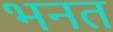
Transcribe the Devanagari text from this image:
भनत